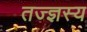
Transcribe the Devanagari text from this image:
तज्ज्ञस्य